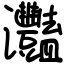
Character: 灩